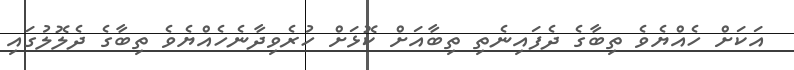
އަކަށް ހެއްޔެވެ ތިބާގެ ދެފައިނެތި ތިބާއަށް ކޮޅަށް ހުރެވިދާނެހެއްޔެވެ ތިބާގެ ދެލޮލުގައި